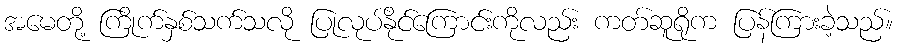
အမေတို့ ကြိုက်နှစ်သက်သလို ပြုလုပ်နိုင်ကြောင်းကိုလည်း ကတ်ဆူရိုက ပြန်ကြားခဲ့သည်။